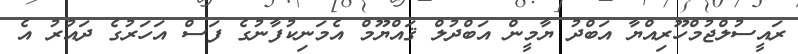
ރައީސުލްޖުމްހޫރިއްޔާ އަބްދު ޔާމީން އަބްދުލް ޤައްޔޫމް އެމަނިކުފާނުގެ ފަސް އަހަރުގެ ދައުރު އެ